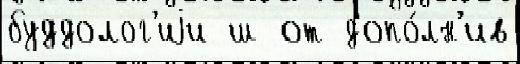
буддолог'иjи ш от допо́лн'ив